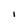
Character: 1